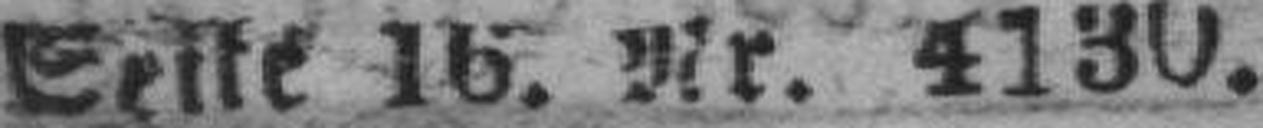
Seite 16. Nr. 4130.